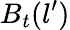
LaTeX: B_{t}(l^{\prime})